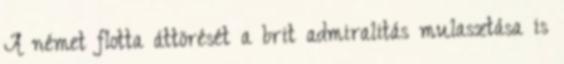
A német flotta áttörését a brit admiralitás mulasztása is